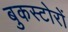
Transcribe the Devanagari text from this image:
बुकस्टोरों